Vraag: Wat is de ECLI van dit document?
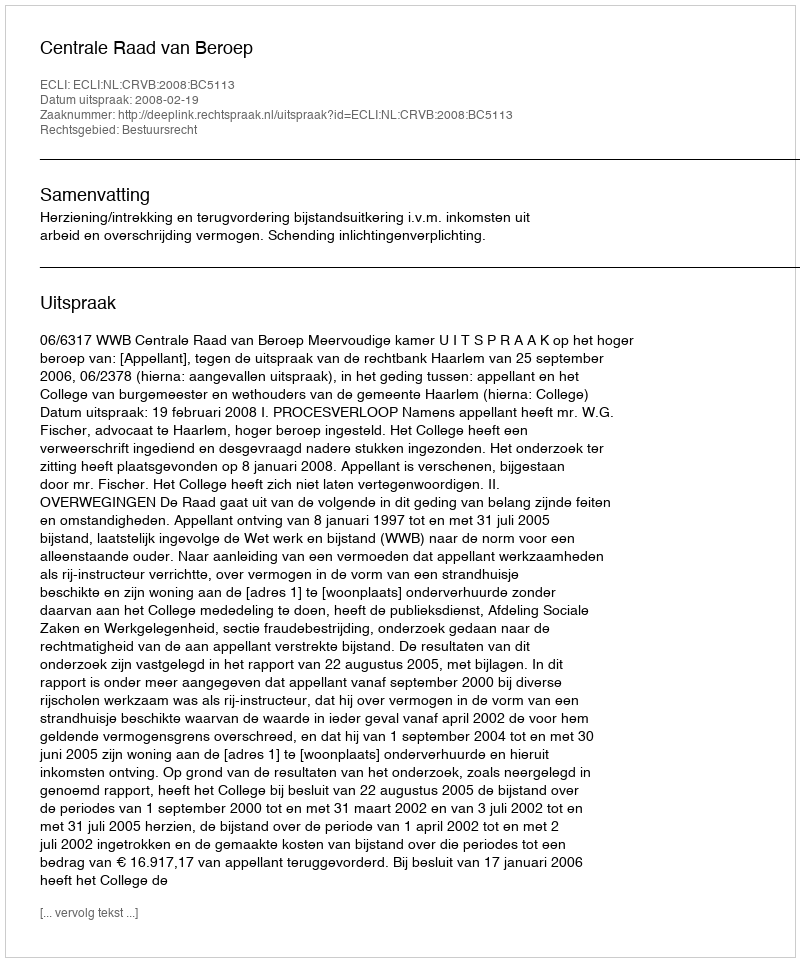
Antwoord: ECLI:NL:CRVB:2008:BC5113